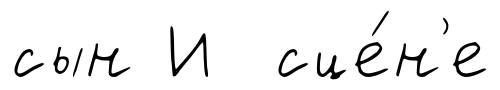
сын И сце́н'е